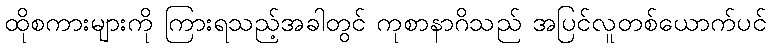
ထိုစကားများကို ကြားရသည့်အခါတွင် ကုစာနာဂိသည် အပြင်လူတစ်ယောက်ပင်